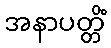
အနာပတ္တိံ